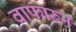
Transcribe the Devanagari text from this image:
वाफारून